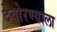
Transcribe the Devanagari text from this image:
देवोरण्याला